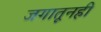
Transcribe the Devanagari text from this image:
जगातूनही